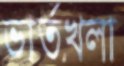
ভার্তখলা